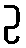
ဥ